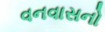
વનવાસનો